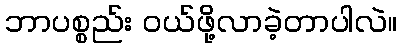
ဘာပစ္စည်း ဝယ်ဖို့လာခဲ့တာပါလဲ။